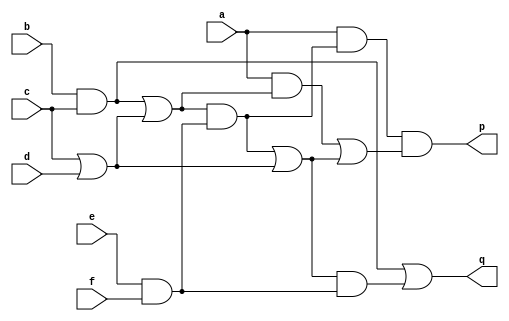
module top(...);
	input a,b,c,d,e,f;
	wire A = b&c;
	wire B = c|d;
	wire C = e&f;
	wire D = A|B;
	wire E = a&D;
	wire F = D&C;
	wire G = F|B;
	wire H = a&F;
	wire I = E|G;
	wire J = G&C;
	output p = H&I;
	output q = A|J;
endmodule